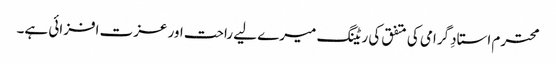
محترم استادِ گرامی کی متفق کی ریٹنگ میرے لیے راحت اور عزت افزائی ہے۔